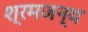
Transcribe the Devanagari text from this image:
श्रमजन्य